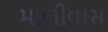
માળીવાસ